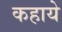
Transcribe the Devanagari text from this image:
कहाये